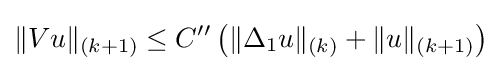
\|Vu\|_{(k+1)}\leq C^{\prime \prime }\left(\|\Delta _{1}u\|_{(k)}+\|u\|_{(k+1)}\right)